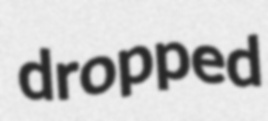
dropped